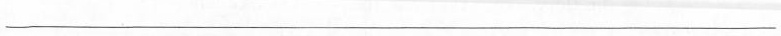
___